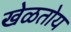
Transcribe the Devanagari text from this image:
खेळतोय